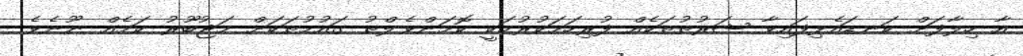
އާ ހިލާފަށް ކަނޑައެޅިފައިވާ ޝަރުތުތަކެއް ފުރިހަމަކުރުމަކީ ކޮމަންވެލްތު ގައުމުތަކަށް މަޖުބޫރު ކަމެއް ނޫނެވެ.